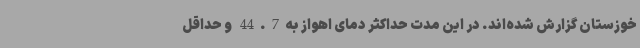
خوزستان گزارش شده‌اند. در این مدت حداکثر دمای اهواز به44.7 و حداقل